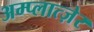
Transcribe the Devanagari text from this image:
अम्प्लात्ज़ेर